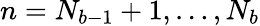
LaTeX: n=N_{b-1}+1,\dots,N_{b}